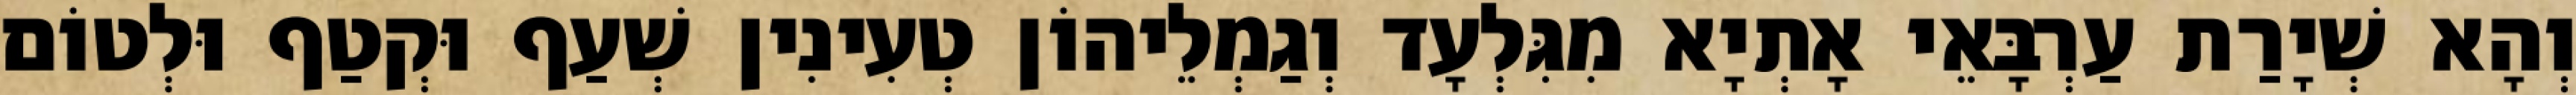
וְהָא שְׁיָרַת עַרְבָּאֵי אָתְיָא מִגִּלְעָד וְגַמְלֵיהוֹן טְעִינִין שְׁעַף וּקְטַף וּלְטוֹם